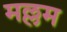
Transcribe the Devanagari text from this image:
मल्लम